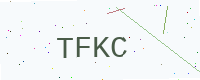
Text: TFKC